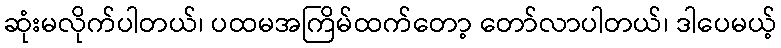
ဆုံးမလိုက်ပါတယ်၊ ပထမအကြိမ်ထက်တော့ တော်လာပါတယ်၊ ဒါပေမယ့်